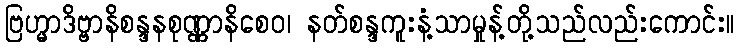
ဗြဟ္မာဒိဗ္ဗာနိစန္ဒနစုဏ္ဏာနိစေဝ၊ နတ်စန္ဒကူးနံ့သာမှုန့်တို့သည်လည်းကောင်း။